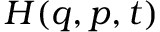
H ( { \boldsymbol { q } } , { \boldsymbol { p } } , t )